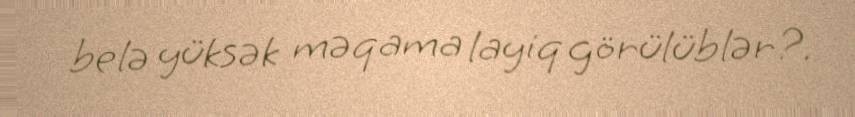
belə yüksək məqama layiq görülüblər?.